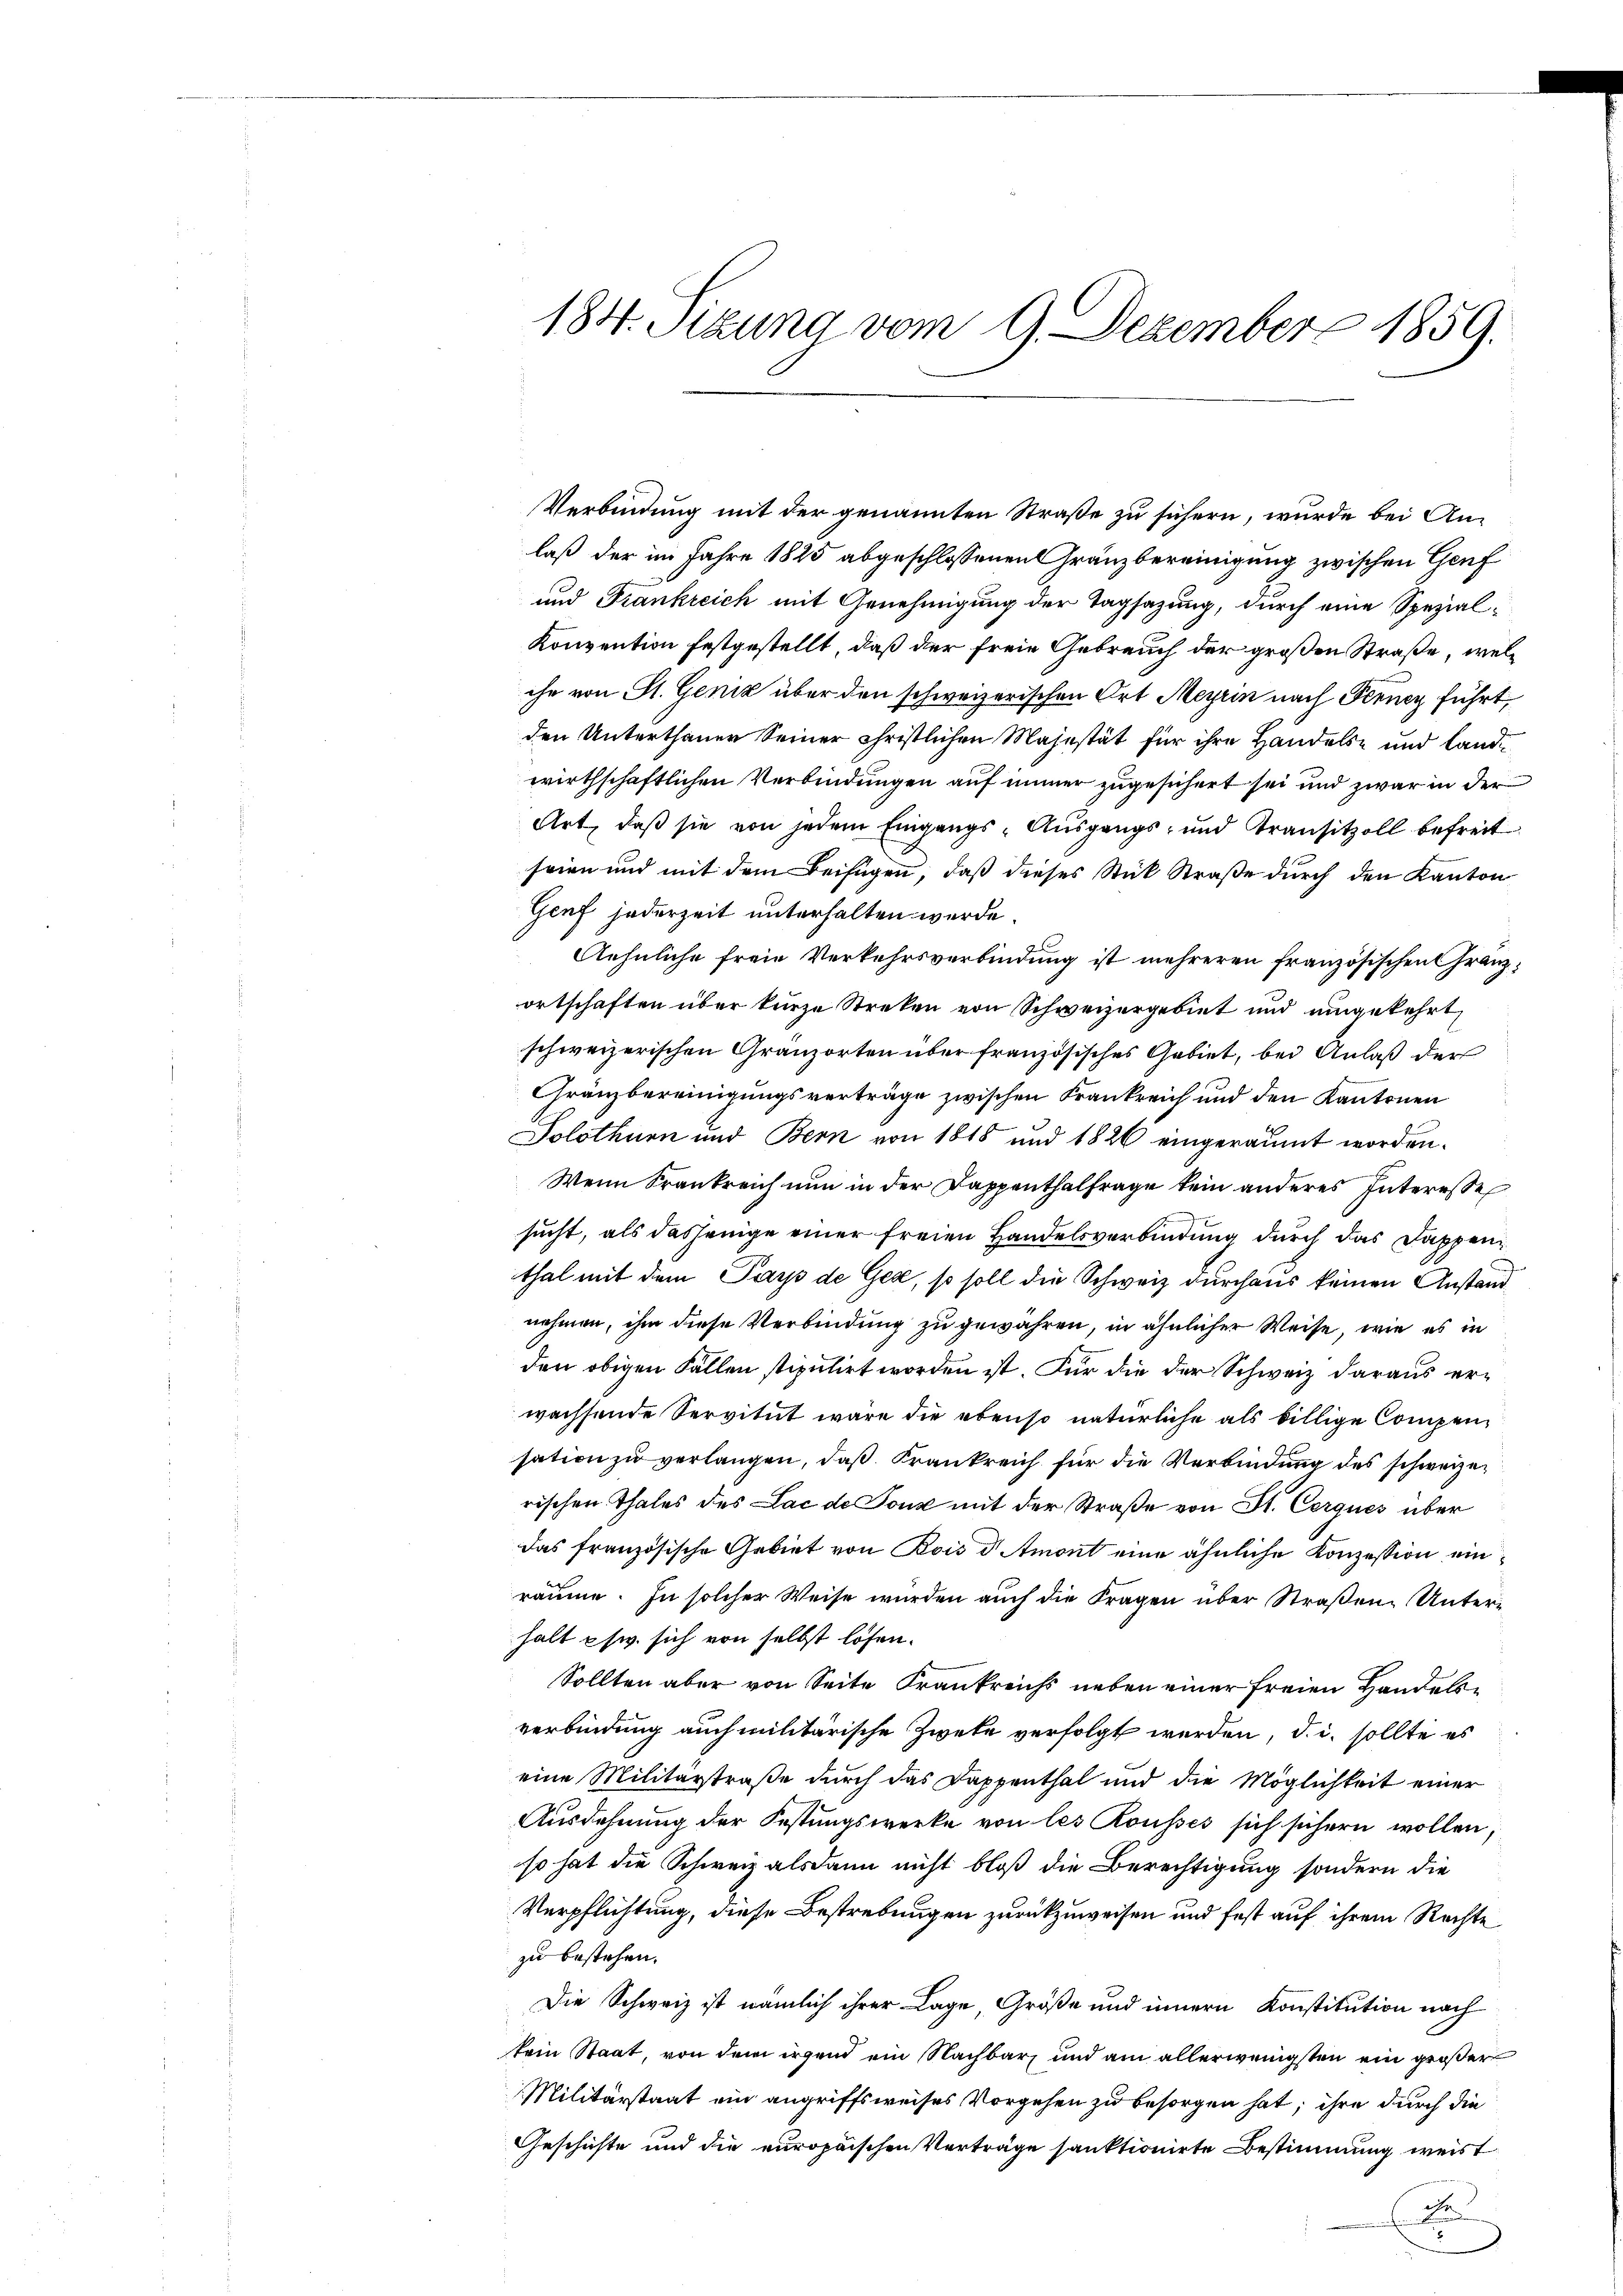
Verbindung mit der genannten Straße zu sichern, wurde bei Anlaß der im Jahre 1825 abgeschlossenen Gränzbereinigung zwischen Genf
und Frankreich mit Genehmigung der Tagsazung, durch eine Spezial¬
Konvention festgestellt, daß der freie Gebrauch der großen Straße, welche von St. Genz über den schweizerischen Ort Meyrin nach Ferner führt,
den Unterthaner Seiner christlichen Majestät für ihre Handels- und Landwirthschaftlichen Verbindungen auf immer zugesichert sei und zwar in der
Art, daß sie von jedem Eingangs-Ausgangs- und Transitzoll befreit
seien und mit dem Beifügen, daß dieses Stück Straße durch den Kanton
Genf jederzeit unterhalten werde.
Aehnliche freie Verkehrsverbindung ist mehreren französischen Granzortschaften über kurze Streken von Schweizergebiet und umgekehrt,
schweizerischen Granzorten über französisches Gebiet, bei Anlaß der
Gränzbereinigungsverträge zwischen Frankreich und den Kantonen
Solothurn und Bern von 1818 und 1826 eingeräumt worden.
Wenn Frankreich nun in der Dappenthalfrage kein anderes Interesse
sucht, als dasjenige einer freien Handelsverbindung durch das Dappenthal mit dem Pays de Gex, so soll die Schweiz durchaus keinen Anstand
nehmen, ihm diese Verbindung zu gewähren, in ähnlicher Weise, wie es in
den obigen Fällen stipulirt worden ist. Für die der Schweiz daraus erwachsende Servitut wäre die ebenso natürliche als billige Compensation zu verlangen, daß Krankreich für die Verbindung des schweizerischen Thales des Lac de Tonz mit der Straße von St. Cerques über
das französische Gebiet von Bois d Amont eine ähnliche Konzession einräume. In solcher Weise würden auch die Fragen über Straßen Unterhalt phw. sich von selbst lösen.
Sollten aber von Seite Krankreichs neben einer freien Handelsverbindung auch militärische Zwete verfolgt werden, d. i. sollte es
eine Militärstraße durch das Dappenthal und die Möglichkeit einer
Ausdehnung der Festungswerke von les Rousses sich sichern wollen,
so hat die Schweiz alsdann nicht bloß die Berechtigung sondern die
Verpflichtung, diese Bestrebungen zurückzuweisen und fest auf ihrem Rechte
zu bestehen.
Die Schweiz ist nämlich ihrer Lage, Größe und innern Konstitution nach
kein Staat, von dem irgend ein Nachbar und am allerwenigsten ein größer
Militärstaat ein angriffsweises Vorgehen zu besorgen hat, ihre durch die
Geschichte und die europaischen Verträge sanktionirte Bestimmung weist
de

184. Sizung vom 9. Dezember 1859.